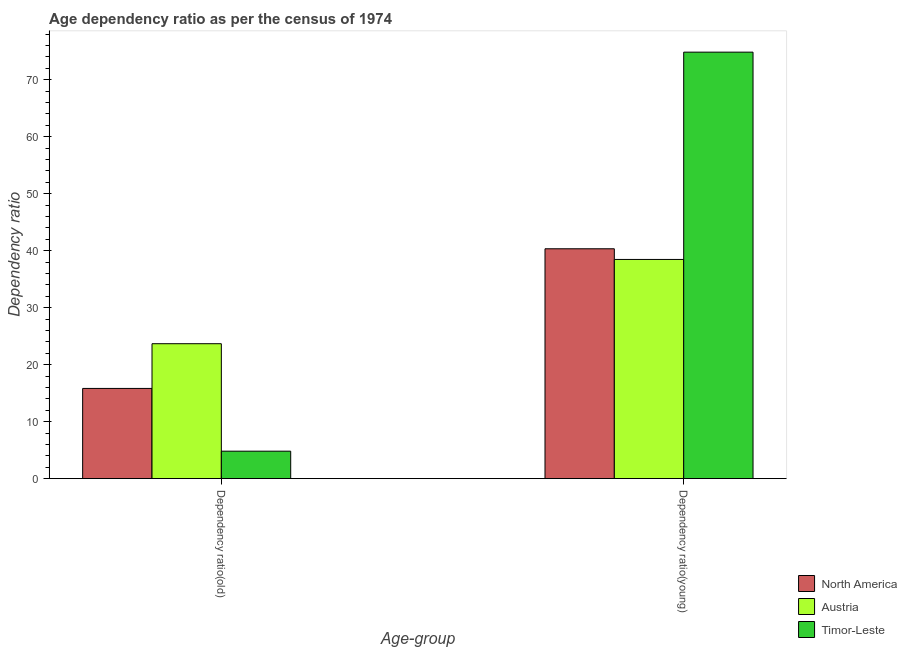
| Age-group | North America | Austria | Timor-Leste |
 | --- | --- | --- | --- |
 | Dependency ratio(old) | 15.8 | 23.7 | 4.81 |
 | Dependency ratio(young) | 40.3 | 38.5 | 74.8 |